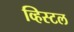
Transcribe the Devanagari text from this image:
व्हिस्टल